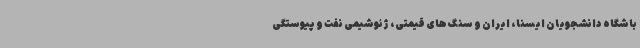
باشگاه دانشجویان ایسنا، ایران و سنگ های قیمتی، ژئوشیمی نفت و پیوستگی